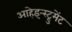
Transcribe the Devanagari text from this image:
आहेइन्स्ट्रुमेंट